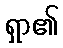
ရှာ၏